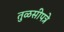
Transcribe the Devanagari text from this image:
तुळसीपत्रे